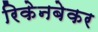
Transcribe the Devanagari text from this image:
रिकेनबेकर